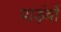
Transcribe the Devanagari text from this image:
पाड़ंवों